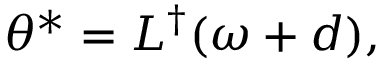
\theta ^ { * } = L ^ { \dagger } ( \omega + d ) ,